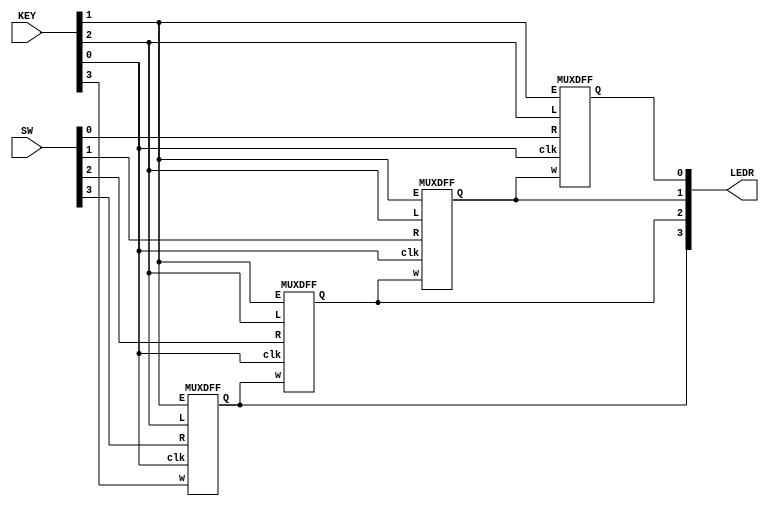
module top_module (
    input [3:0] SW,
    input [3:0] KEY,
    output [3:0] LEDR
); 
    MUXDFF muxdff3(
        .clk(KEY[0]),	// const
        .E(KEY[1]),		// const
        .L(KEY[2]),		// const
        .w(KEY[3]),
        .R(SW[3]),
        .Q(LEDR[3])
    );
    
    genvar i; generate
        for(i=2; i>=0; i = i - 1) begin: inst
            MUXDFF muxdff(
                .clk(KEY[0]),	// const
                .E(KEY[1]),		// const
                .L(KEY[2]),		// const
                .w(LEDR[i+1]),
                .R(SW[i]),
                .Q(LEDR[i])
            );
        end
    endgenerate
endmodule


module MUXDFF (
    input clk,
    input w, R, E, L,
    output reg Q
);
    always @(posedge clk)
        Q <= L ? R : (E?w:Q) ;
endmodule